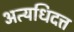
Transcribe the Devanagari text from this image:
अत्यधिदत्त